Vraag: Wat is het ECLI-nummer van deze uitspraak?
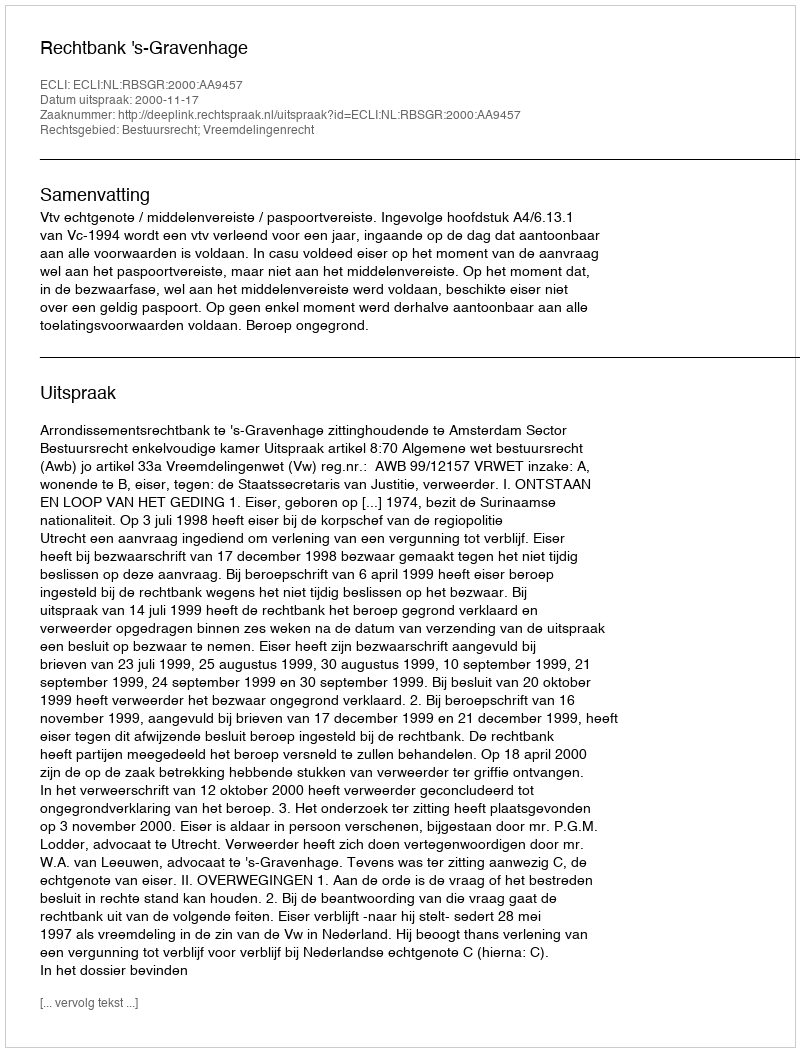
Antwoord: ECLI:NL:RBSGR:2000:AA9457